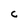
Character: C